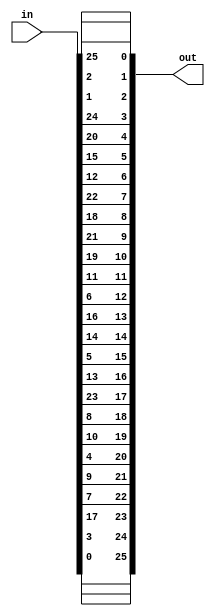
module plugboard(out, in);
	input [25:0] in;
	output [25:0] out;
	
	//default plugboard mapping
	assign out[0] = in[25];
   assign out[1] = in[2];
   assign out[2] = in[1];
   assign out[3] = in[24];
   assign out[4] = in[20];
   assign out[5] = in[15];
   assign out[6] = in[12];
   assign out[7] = in[22];
   assign out[8] = in[18];
   assign out[9] = in[21];
   assign out[10] = in[19];
   assign out[11] = in[11];
   assign out[12] = in[6];
   assign out[13] = in[16];
   assign out[14] = in[14];
   assign out[15] = in[5];
   assign out[16] = in[13];
   assign out[17] = in[23];
   assign out[18] = in[8];
   assign out[19] = in[10];
   assign out[20] = in[4];
   assign out[21] = in[9];
   assign out[22] = in[7];
   assign out[23] = in[17];
   assign out[24] = in[3];
   assign out[25] = in[0];
endmodule